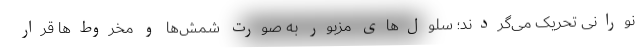
نورانی تحریک می‌گردند؛ سلول‌های مزبور به صورت شمش‌ها و مخروط‌ها قرار